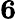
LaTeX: \mathbf{6}